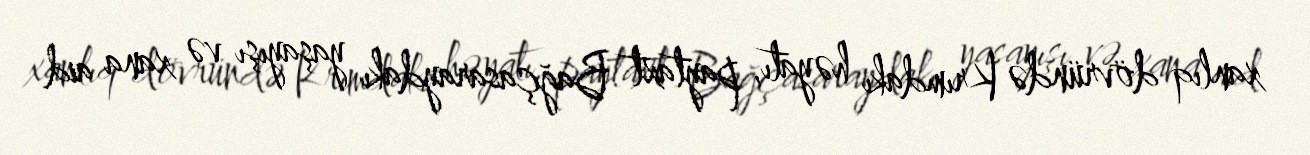
xanlıq dövründə Krımdakı həyatı, paytaxt Bağçasaraydakı yaşayışı və xana aid